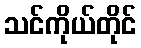
သင်ကိုယ်တိုင်